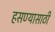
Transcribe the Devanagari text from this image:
हसण्यासाठी